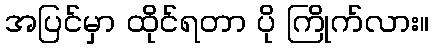
အပြင်မှာ ထိုင်ရတာ ပို ကြိုက်လား။